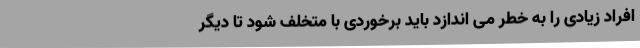
افراد زیادی را به خطر می اندازد باید برخوردی با متخلف شود تا دیگر